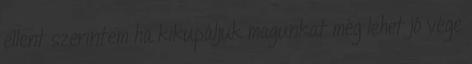
ellent szerintem ha kikupáljuk magunkat még lehet jó vége